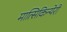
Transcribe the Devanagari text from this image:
मात्सिकिन्येरी